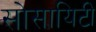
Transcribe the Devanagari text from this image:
सोसायिटी